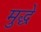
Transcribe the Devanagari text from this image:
मुद्धे